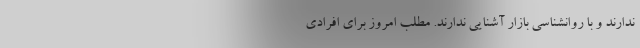
ندارند و با روانشناسی بازار آشنایی ندارند. مطلب امروز برای افرادی